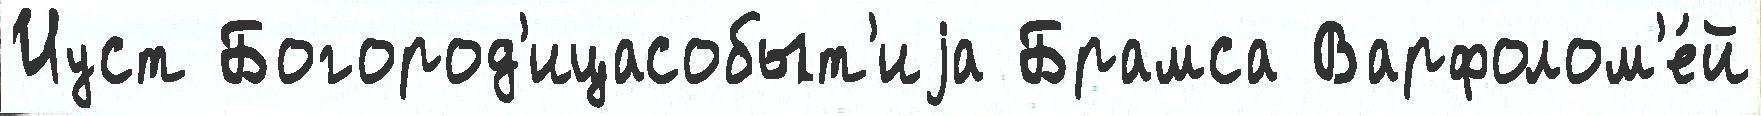
Иуст Богород'ицасобыт'иjа Брамса Варфолом'е́й